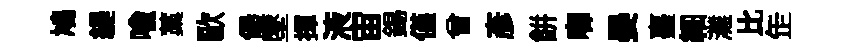
鳩緹喻藁歐堡墜揮液宙錫僅曾彦餅唧晏臺細灘比𦈢